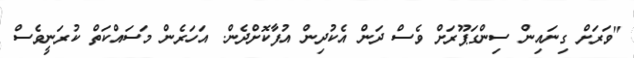
"ވަރަށް ގިނައިން ސިންގަޕޫރަށް ވެސް ދަން އެކުދިން އުފާކޮށްދެން. އަހަރެން މަސައްކަތް ކުރަނީވެސް